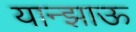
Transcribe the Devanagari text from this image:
यान्झाऊ